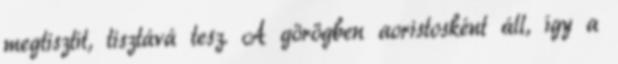
megtisztít, tisztává tesz. A görögben aoristosként áll, így a